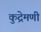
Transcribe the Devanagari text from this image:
कुद्रेमणी